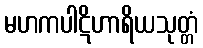
မဟကပါဋိဟာရိယသုတ္တံ